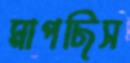
মাপছিস